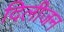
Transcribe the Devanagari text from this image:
दिलीजन